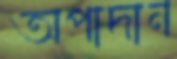
অপাদান